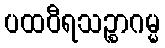
ပထဝီရသဉ္စာဂမ္မ